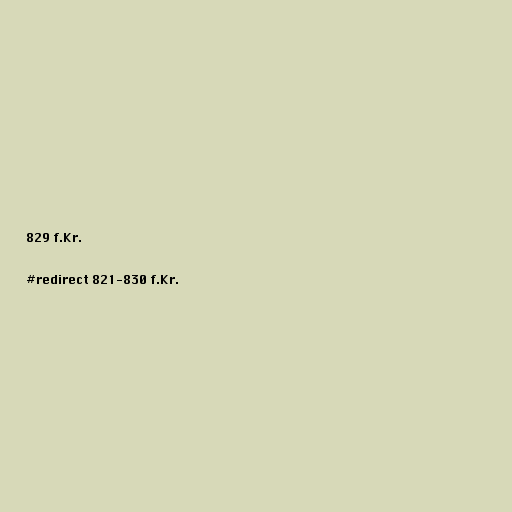
829 f.Kr.

#redirect 821-830 f.Kr.